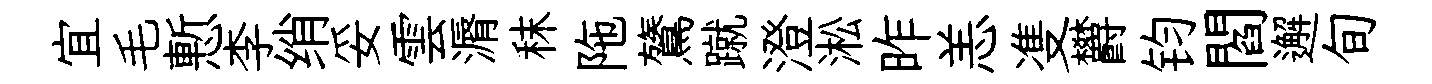
宜毛慙李绡妥雲漘秣陁鷟蹴澄淞昨恙㕠欝钧閻邂旬